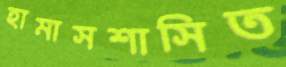
হামাসশাসিত